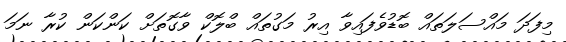
މިފަދަ މައްސަލަތައް ބޮޑުވެފައިވާ އިރު މަގުތައް ބްލޮކް ވާގޮތަށް ކަންކަން ކުރާ ނަމަ